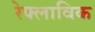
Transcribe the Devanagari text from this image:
रेफ्लाविक